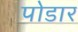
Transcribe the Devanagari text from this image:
पोडार